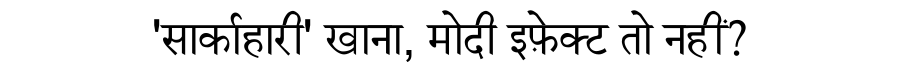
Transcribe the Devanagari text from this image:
'सार्काहारी' खाना, मोदी इफ़ेक्ट तो नहीं?